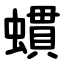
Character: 䗰